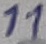
Text: 11